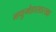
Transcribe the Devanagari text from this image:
मधुमेहासारखा